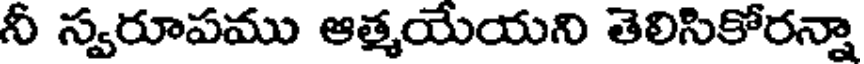
నీ స్వరూపము ఆత్మయేయని తెలిసికోరన్నా